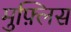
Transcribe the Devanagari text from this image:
मुफ़्लिस